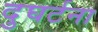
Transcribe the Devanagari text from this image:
दुघर्टना